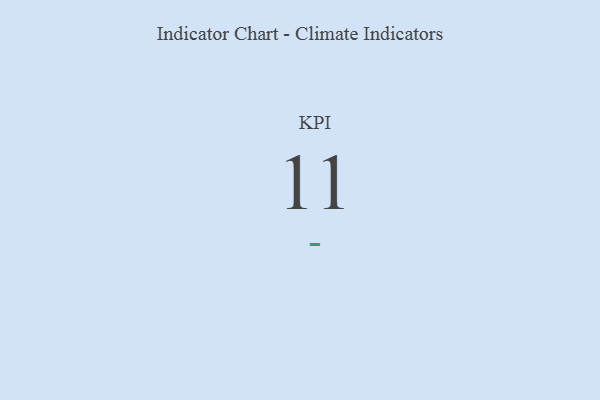
{"axis": {"x": "KPI", "y": "Value"}, "legend": [""], "data": [{"x": "KPI", "y": 11, "type": ""}]}